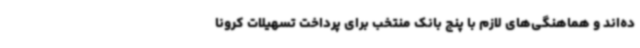
ده‌اند و هماهنگی‌های لازم با پنج بانک منتخب برای پرداخت تسهیلات کرونا